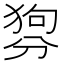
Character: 𤟳